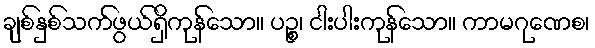
ချစ်နှစ်သက်ဖွယ်ရှိကုန်သော။ ပဉ္စ၊ ငါးပါးကုန်သော။ ကာမဂုဏေစ၊